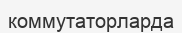
коммутаторларда